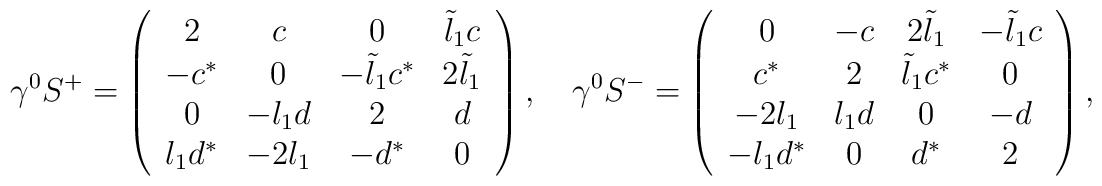
\gamma^0S^+=\left(\begin{array}{cccc}2&c&0&\tilde l_1 c\\-c^*&0&-\tilde l_1c^*&2\tilde l_1\\0&-l_1d&2&d\\l_1d^*&-2l_1&-d^*&0\end{array}\right),\quad\gamma^0S^-=\left(\begin{array}{cccc}0&-c&2\tilde l_1&-\tilde l_1 c\\c^*&2&\tilde l_1c^*&0\\-2l_1&l_1d&0&-d\\-l_1d^*&0&d^*&2\end{array}\right),